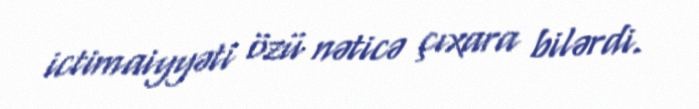
ictimaiyyəti özü nəticə çıxara bilərdi.